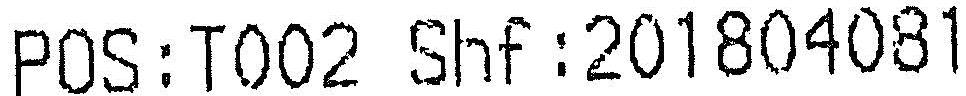
POS:T002 SHF:201804081